Medical and sanitary report of the native army of Madras for the year
Year: 1878
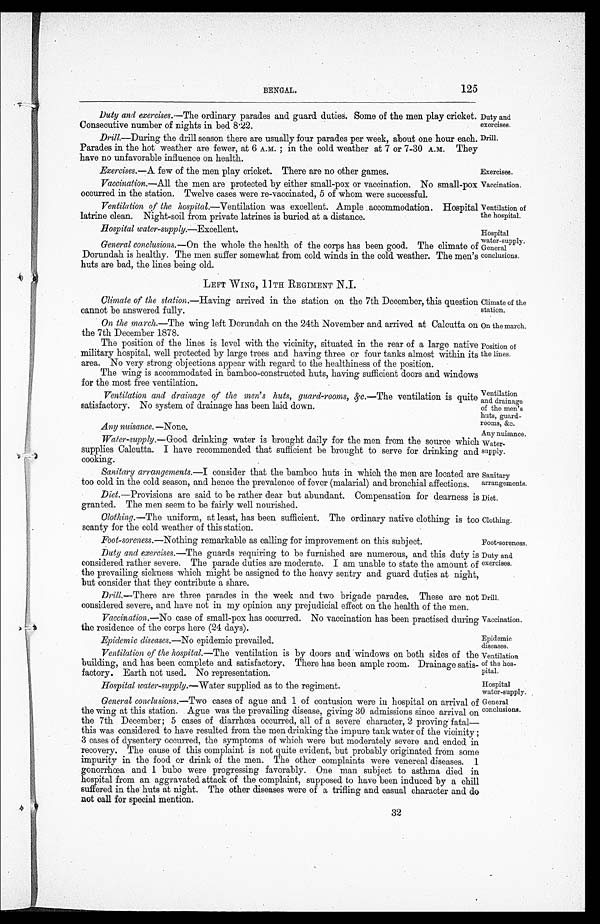
Duty and
exercises.
Drill.
Exercises.
Vaccination.
Climate of the
station.
On the march.
Diet.
Clothing.
Drill.
Vaccination.
Epidemic diseases.—No epidemic prevailed.
Epidemic
diseases.
Hospital water-supply.—Water supplied as to the regiment.
Hospital
water-supply.
BENGAL.
125
Duty and exercises.— The ordinary parades and guard duties. Some of the men play cricket.
Consecutive number of nights in bed 8.22.
Drill.—During the drill season there are usually four parades per week, about one hour each.
Parades in the hot weather are fewer, at 6 A.M. ; in the cold weather at 7 or 7-30 A.M. They
have no unfavorable influence on health.
Exercises.— A few of the men play cricket. There are no other games.
Vaccination.—All the men are protected by either small-pox or vaccination. No small-pox
occurred in the station. Twelve cases were re-vaccinated, 5 of whom were successful.
Ventilation of the hospital .—Ventilation was excellent. Ample accommodation. Hospital
latrine clean. Night-soil from private latrines is buried at a distance.
Hospital
General conclusions.— On the whole the health of the corps has been good. The climate of water-supply.
Dorundah is healthy. The men suffer somewhat from cold winds in the cold weather. The men's
huts are bad, the lines being old.
LEFT WING, 11TH REGIMENT N.I.
[ Ventilation of
the hospital.
Hospital water-supply.— Excellent.
General
conclusions
Climate of the station— Having arrived in the station on the 7th December, this question
cannot be answered fully.
On the march.—The wing left Dorundah on the 24th November and arrived at Calcutta on
the 7th December 1878.
The position of the lines is level with the vicinity, situated in the rear of a large native
military hospital, well protected by large trees and having three or four tanks almost within its
area. No very strong objections appear with regard to the healthiness of the position.
The wing is accommodated in bamboo-constructed huts, having sufficient doors and windows
for the most free ventilation.
Ventilation and drainage of the men's huts, guard-rooms, &c.— The ventilation is quite
satisfactory. No system of drainage has been laid down.
Any nuisance. —None.
Water-supply.— Good drinking water is brought daily for the men from the source which
supplies Calcutta. I have recommended that sufficient be brought to serve for drinking and
cooking.
Sanitary arrangements.— I consider that the bamboo huts in which the men are located are
too cold in the cold season, and hence the prevalence of fever (malarial) and bronchial affections.
Position of
the lines.
Ventilation
and drainage
of the men's
huts, guard
-
rooms, &c.
Any nuisance.
Sanitary
arrangements.
Water-supply.
Diet. —Provisions are said to be rather dear but abundant. Compensation for dearness is
granted. The men seem to be fairly well nourished.
Clothing.—The uniform, at least, has been sufficient. The ordinary native clothing is too
scanty for the cold weather of this station.
Foot-soreness.— Nothing remarkable as calling for improvement on this subject.
Foot-soreness.
Duty and exercises.— The guards requiring to be furnished are numerous, and this duty is
considered rather severe. The parade duties are moderate. I am unable to state the amount of
the prevailing sickness which might be assigned to the heavy sentry and guard duties at night,
but consider that they contribute a share.
Drill.—There are three parades in the week and two brigade parades. These are not
considered severe, and have not in my opinion any prejudicial effect on the health of the men.
Vaccination.—No case of small-pox has occurred. No vaccination has been practised during
the residence of the corps here (24 days).
Duty and
exercises.
Ventilation of the hospital.— The ventilation is by doors and windows on both sides of the
building, and has been complete and satisfactory. There has been ample room. Drainage satis
-
factory. Earth not used. No representation.
Ventilation
of the hos-
pital.
General conclusions.— Two cases of ague and 1 of contusion were in hospital on arrival of
the wing at this station. Ague was the prevailing disease, giving 30 admissions since arrival on
the 7th December; 5 cases of diarrhœa occurred, all of a severe character, 2 proving fatal—
this was considered to have resulted from the men drinking the impure tank water of the vicinity ;
3 cases of dysentery occurred, the symptoms of which were but moderately severe and ended in
recovery. The cause of this complaint is not quite evident, but probably originated from some
impurity in the food or drink of the men. The other complaints were venereal diseases. 1
gonorrhœa and 1 bubo were progressing favorably. One man subject to asthma died in
hospital from an aggravated attack of the complaint, supposed to have been induced by a chill
suffered in the huts at night. The other diseases were of a trifling and casual character and do
not call for special mention.
General
conclusions.
32